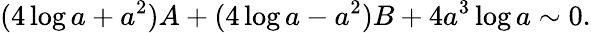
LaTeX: (4\log a+a^{2})A+(4\log a-a^{2})B+4a^{3}\log a\sim 0.